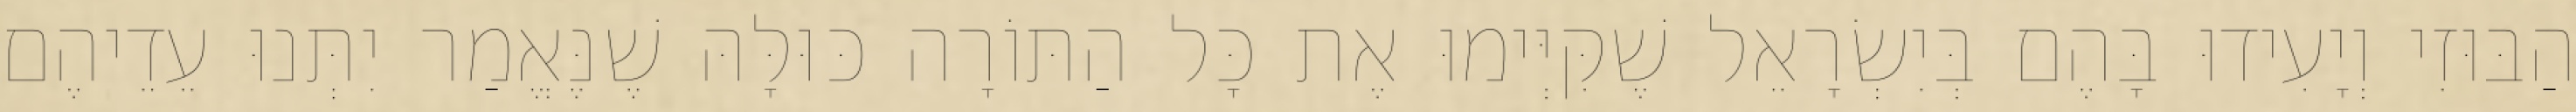
הַבּוּזִי וְיָעִידוּ בָּהֶם בְּיִשְׂרָאֵל שֶׁקִּיְּימוּ אֶת כָּל הַתּוֹרָה כּוּלָּהּ שֶׁנֶּאֱמַר יִתְּנוּ עֵדֵיהֶם